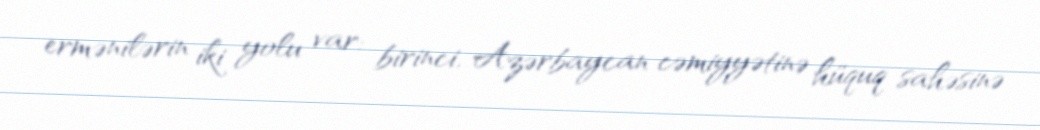
ermənilərin iki yolu var: birinci, Azərbaycan cəmiyyətinə hüquq sahəsinə